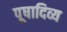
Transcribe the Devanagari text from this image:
पूषादिव्य